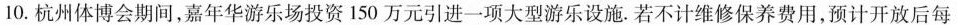
10.杭州体博会期间，嘉年华游乐场投资150万元引进一项大型游乐设施。若不计维修保养费用，预计开放后每